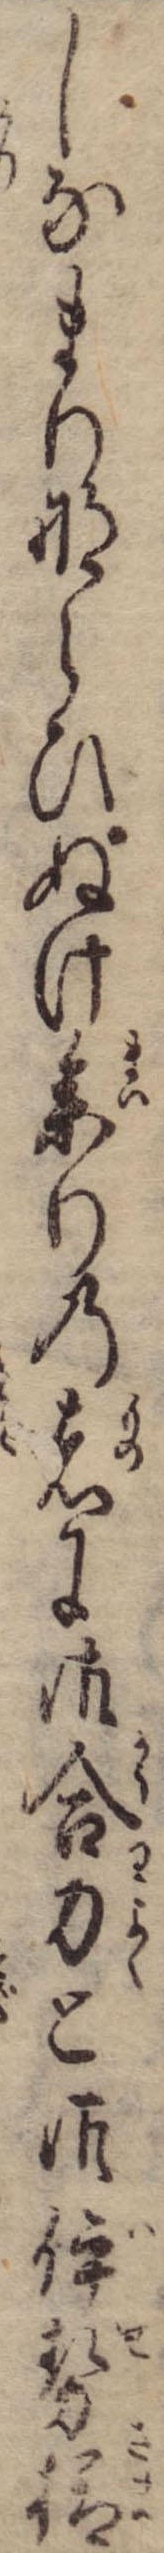
しなまりならひぬけ参りの者に御合力と御伊勢様